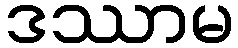
ဒဿာမ